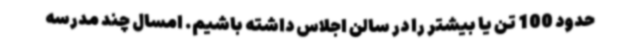
حدود 100 تن یا بیشتر را در سالن اجلاس داشته باشیم. امسال چند مدرسه